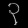
Digit: ၃